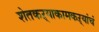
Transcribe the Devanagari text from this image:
शेतकऱ्याकामकऱ्यांचं